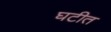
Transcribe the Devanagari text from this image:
घटीत